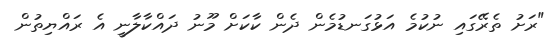
"ރަށު ތެރޭގައި ނުކުމެ އަޅުގަނޑުމެން ދެން ކާކަށް މޫނު ދައްކާލާނީ އެ ރައްޔިތުން